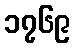
၁၇၆၉